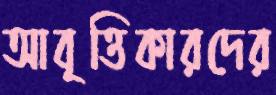
আবৃত্তিকারদের